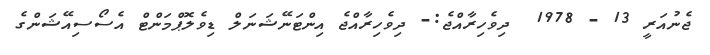
ޖެނުއަރީ 13 - 1978  ދިވެހިރާއްޖެ:- ދިވެހިރާއްޖެ އިންޓަނޭޝަނަލް ޑިވެލޮޕްމަންޓް އެސޯސިއޭޝަންގެ